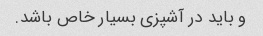
و باید در آشپزی بسیار خاص باشد.